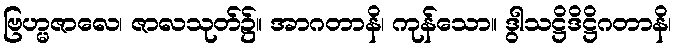
ဗြဟ္မဇာလေ၊ ဇာလသုတ်၌။ အာဂတာနိ၊ ကုန်သော။ ဒွါသဋ္ဌိဒိဋ္ဌိဂတာနိ၊